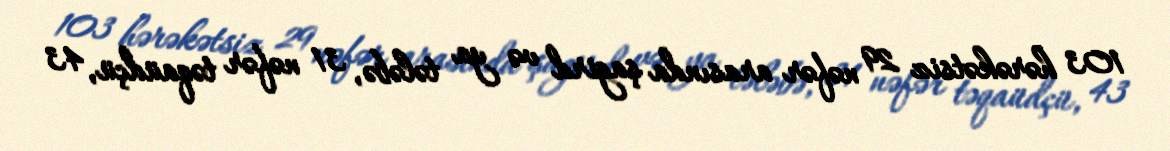
103 hərəkətsiz 29 nəfər arasında şagird və ya tələbə, 31 nəfər təqaüdçü, 43